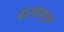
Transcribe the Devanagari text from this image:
वाराहमुख